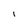
Character: 1